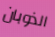
الذوبان